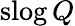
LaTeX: \mathrm{slog}\, Q